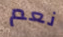
نعم